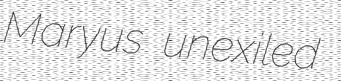
Maryus unexiled